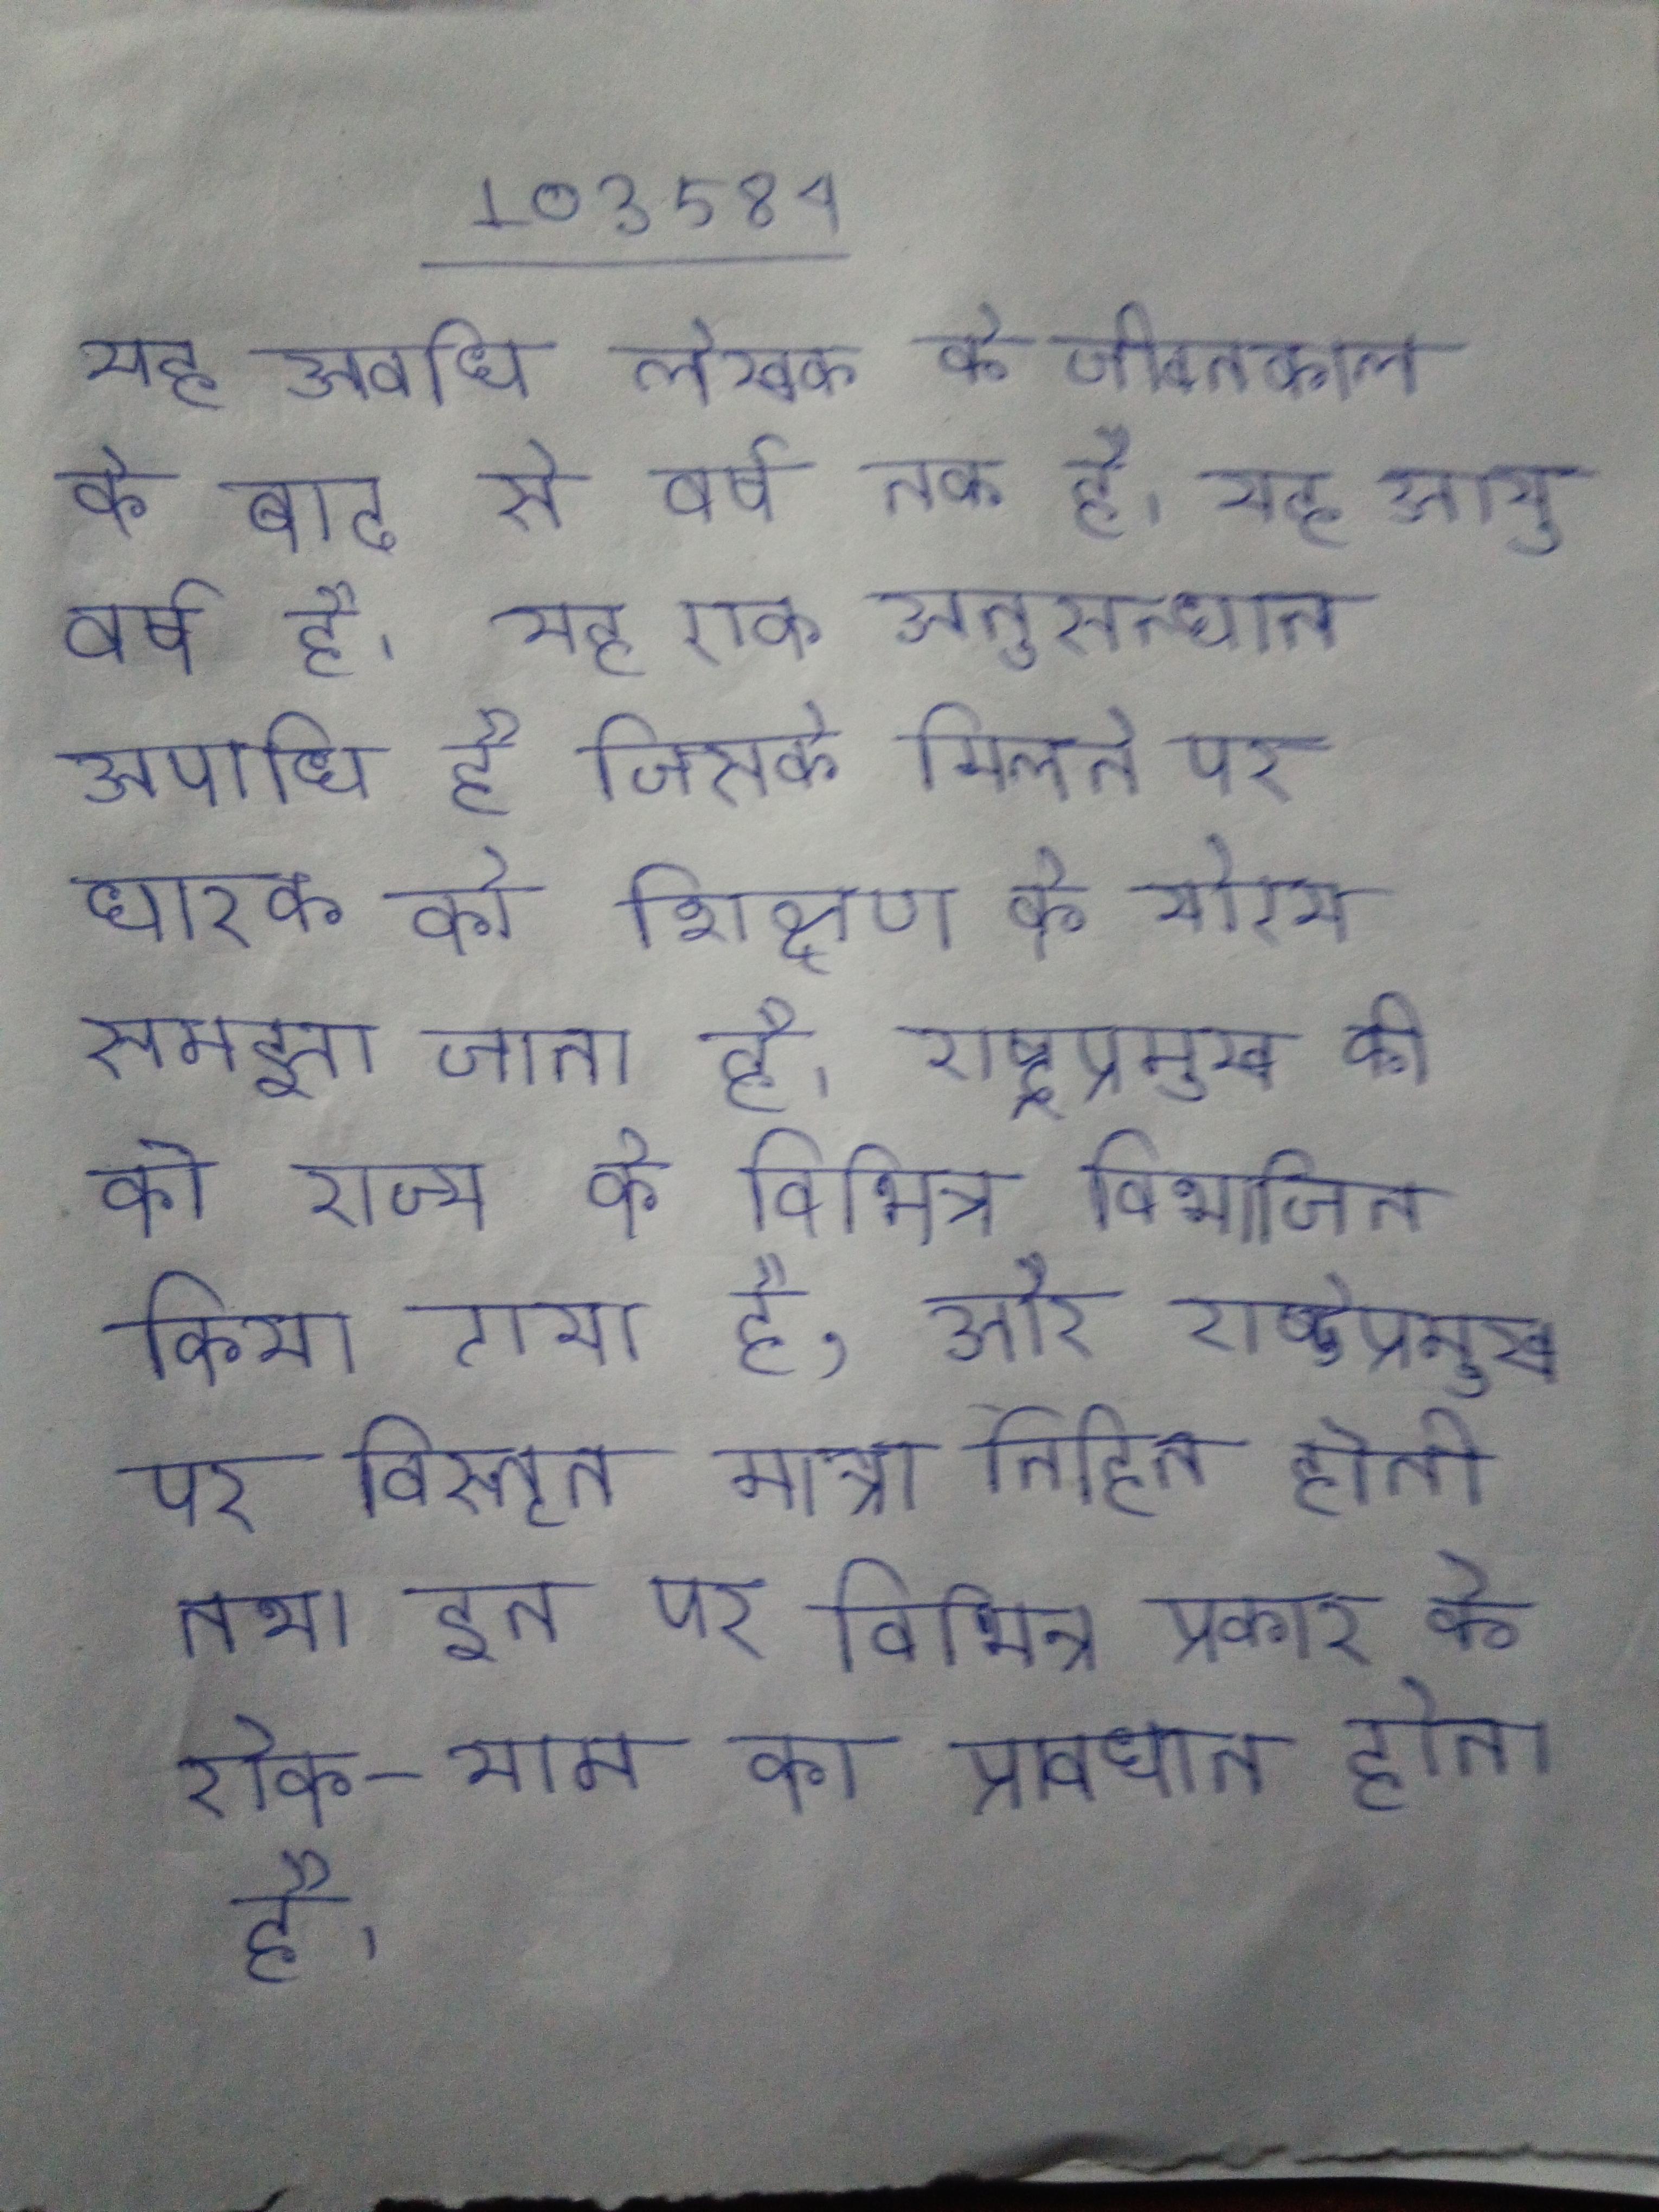
यह अवधि लेखक के जीवनकाल के बाद से वर्ष तक है । यह आयु वर्ष है । यह एक अनुसन्धान उपाधि है जिसके मिलने पर धारक को शिक्षण के योग्य समझा जाता है । राष्ट्रप्रमुख की को राज्य के विभिन्न विभाजित किया गया है, और राष्ट्रप्रमुख पर विस्तृत मात्रा निहित होती तथा इन पर विभिन्न प्रकार के रोक-थाम का प्रावधान होता है ।